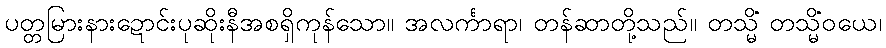
ပတ္တမြားနားဍောင်းပုဆိုးနီအစရှိကုန်သော။ အလင်္ကာရာ၊ တန်ဆာတို့သည်။ တသ္မိံ တသ္မိံဝယေ၊